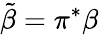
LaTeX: \tilde{\beta}=\pi^{*}\beta